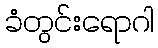
ခံတွင်းရောဂါ